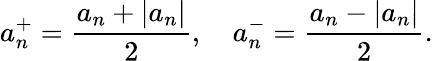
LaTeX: a_{n}^{+}={\frac{a_{n}+|a_{n}|}{2}},\quad a_{n}^{-}={\frac{a_{n}-|a_{n}|}{2}}.